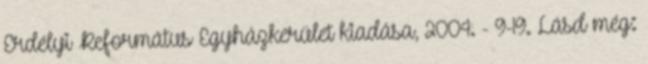
Erdélyi Református Egyházkerület kiadása, 2004. - 9-19. Lásd még: